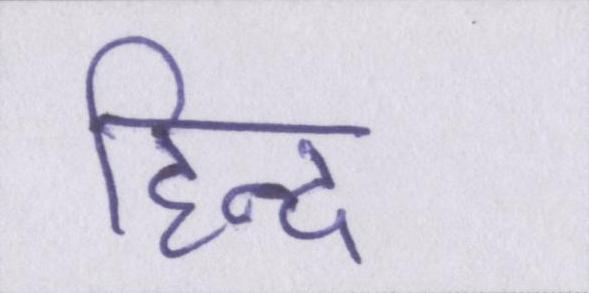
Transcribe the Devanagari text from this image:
हिन्द